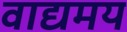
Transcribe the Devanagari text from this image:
वाद्यमय